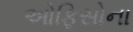
ઓફિસોના